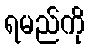
ရမည်ကို